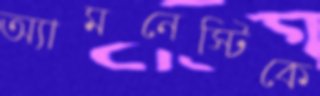
অ্যামনেস্টিকে